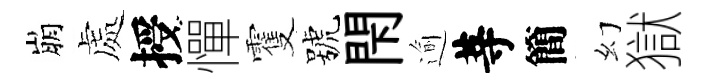
崩處授憚䨥號閇逾䓁簡幻獄